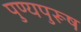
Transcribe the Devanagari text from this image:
पुण्यपुरूष